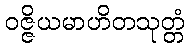
ဝဇ္ဇိယမာဟိတသုတ္တံ